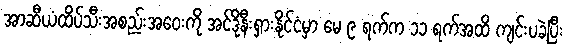
အာဆီယံထိပ်သီးအစည်းအဝေးကို အင်ဒိုနီးရှားနိုင်ငံမှာ မေ ၉ ရက်က ၁၁ ရက်အထိ ကျင်းပခဲ့ပြီး